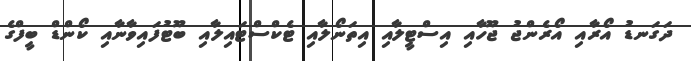
ދަގަނޑު އޯރާއި އޯރެންޖު ޖޫހާއި އިސްޓީލާއި އިތަނޯލާއި ޓެކްސްޓައިލާއި ބޫޓުފައިވާނާއި ކޯންޑް ބީފްގެ